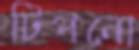
টিপনো